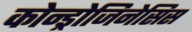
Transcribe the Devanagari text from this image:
कोन्ड्रोजिनेसिस